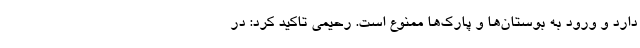
دارد و ورود به بوستان‌ها و پارک‌ها ممنوع است. رحیمی تاکید کرد: در